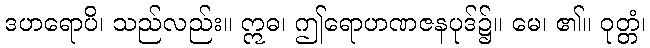
ဒဟရောပိ၊ သည်လည်း။ ဣဓ၊ ဤရောဟဏဇနပုဒ်၌။ မေ၊ ၏။ ဝုတ္တံ၊